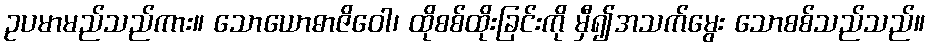
ဥပမာမည်သည်ကား။ သောယောဓာဇိဝေါ၊ ထိုစစ်ထိုးခြင်းကို မှီ၍အသက်မွေး သောစစ်သည်သည်။